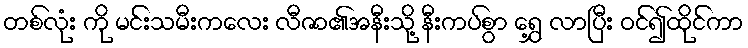
တစ်လုံး ကို မင်းသမီးကလေး လီဇာ၏အနီးသို့ နီးကပ်စွာ ရွှေ့ လာပြီး ဝင်၍ထိုင်ကာ